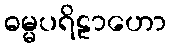
ဓမ္မပရိဠာဟော